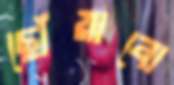
ছোঁয়াবো